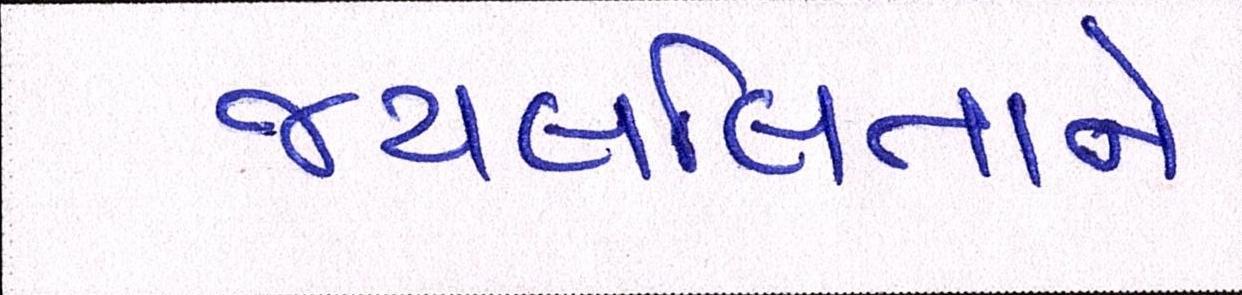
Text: જયલલિતાને